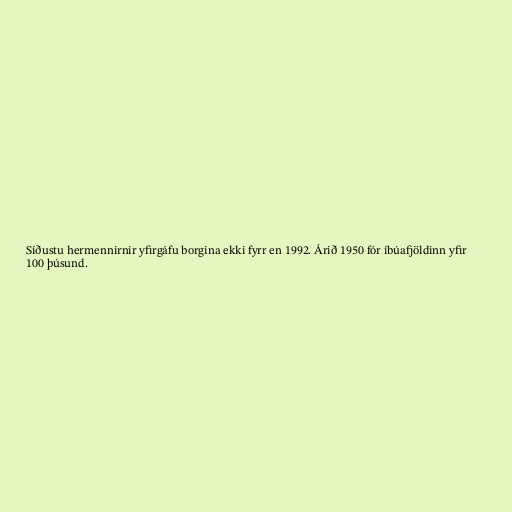
Síðustu hermennirnir yfirgáfu borgina ekki fyrr en 1992. Árið 1950 fór íbúafjöldinn yfir
100 þúsund.